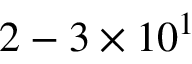
2 - 3 \times 1 0 ^ { 1 }